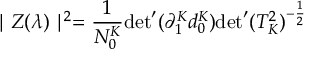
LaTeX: \mid Z ( \lambda ) \mid ^ { 2 } = \frac { 1 } { N _ { 0 } ^ { K } } { \operatorname * { d e t } } ^ { \prime } ( \partial _ { 1 } ^ { K } d _ { 0 } ^ { K } ) { \operatorname * { d e t } } ^ { \prime } ( T _ { K } ^ { 2 } ) ^ { - \frac { 1 } { 2 } }